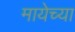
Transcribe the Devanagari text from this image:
मायेच्या